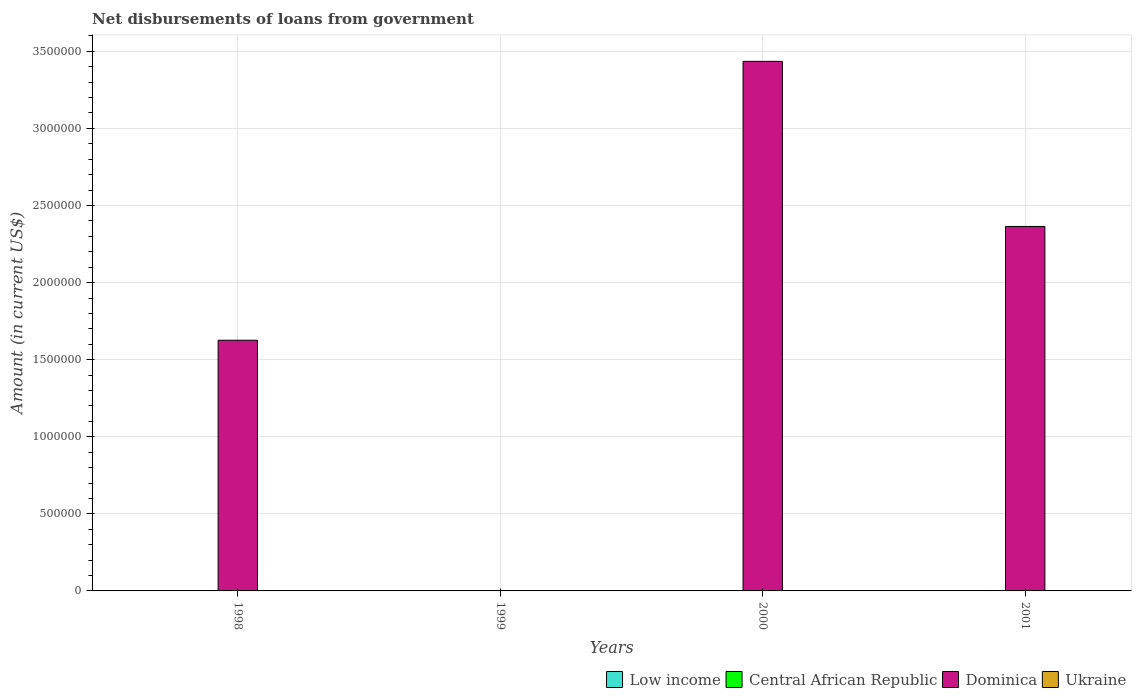
| Years | Low income | Central African Republic | Dominica | Ukraine |
 | --- | --- | --- | --- | --- |
 | 1998 | -1.72e+08 | -5.2e+04 | 1.63e+06 | -1.75e+08 |
 | 1999 | -3.09e+08 | -5.88e+05 | -2.78e+06 | -1.3e+08 |
 | 2000 | -3.14e+08 | -5.17e+05 | 3.44e+06 | -1.12e+09 |
 | 2001 | -6.42e+07 | -2.02e+06 | 2.36e+06 | -9.38e+07 |